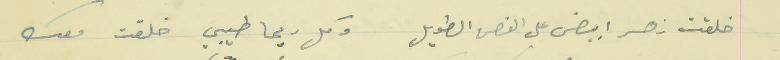
خلقت زهر ابيض على الغصن الطويل                        وكل ريحا طيبي خلقت معك